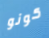
كونو